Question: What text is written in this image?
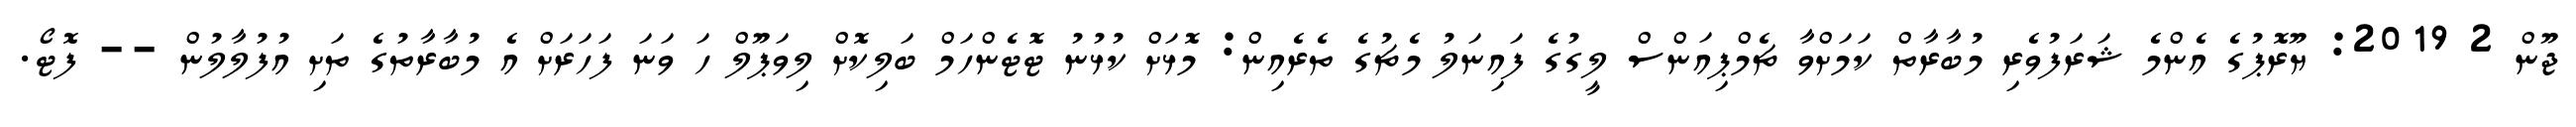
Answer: ޖޫން 2 2019: ޔޫރޮޕުގެ އެންމެ ޝަރަފުވެރި މުބާރާތް ކަމަށްވާ ޗެމްޕިއަންސް ލީގުގެ ފައިނަލު މެޗުގެ ތެރެއިން: މޮޅަށް ކުޅުނު ޓޮޓެންހަމް ބަލިކޮށް ލިވަޕޫލް ހަ ވަނަ ފަހަރަށް އެ މުބާރާތުގެ ތަށި އުފުލާލުން -- ފޮޓޯ.